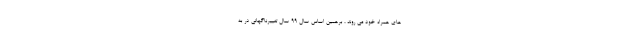
های همراه خود می روند ، برهمین اساس سال 99 سال تغییرناگهانی در به